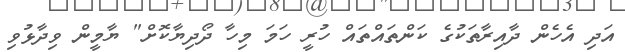
އަދި އެހެން ދާއިރާތަކުގެ ކަންތައްތައް ހުރީ ހަމަ މިހާ ދޯދިޔާކޮށް" ޔާމީން ވިދާޅުވި